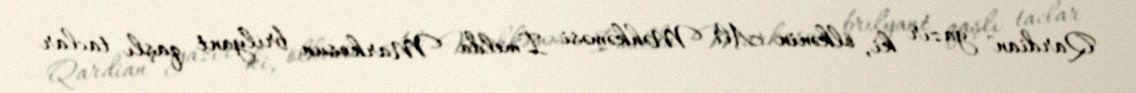
Qardian" yazır ki, ölkənin Ali Məhkəməsi İmelda Markosun brilyant qaşlı taclar